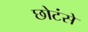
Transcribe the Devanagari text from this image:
छोटंसे